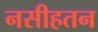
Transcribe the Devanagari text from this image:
नसीहतन